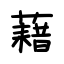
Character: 藉